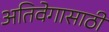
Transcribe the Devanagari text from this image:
अतिवेगासाठी